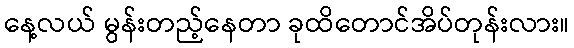
နေ့လယ် မွန်းတည့်နေတာ ခုထိတောင်အိပ်တုန်းလား။